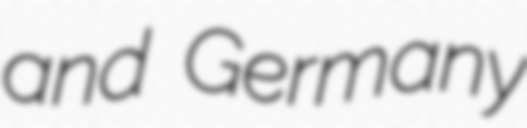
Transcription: and Germany